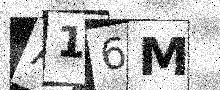
Text: A16M